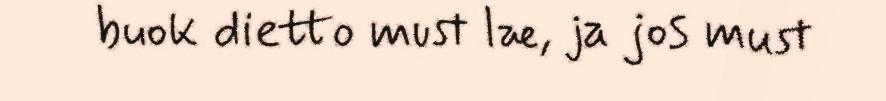
buok dietto must læ, ja jos must